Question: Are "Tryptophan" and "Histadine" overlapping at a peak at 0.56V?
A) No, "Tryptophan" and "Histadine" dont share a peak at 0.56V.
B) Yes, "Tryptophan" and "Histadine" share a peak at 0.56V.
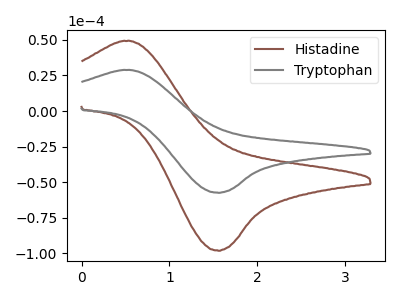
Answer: <think>The brown curve "Histadine" has an anodic peak at (0.55V, 49.15uA) and a cathodic peak at (1.55V, -98.10uA). The gray curve "Tryptophan" has an anodic peak at (0.55V, 28.75uA) and a cathodic peak at (1.55V, -57.45uA).</think>
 <answer>B) Yes, "Tryptophan" and "Histadine" share a peak at 0.56V.</answer>
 <eval>B</eval>